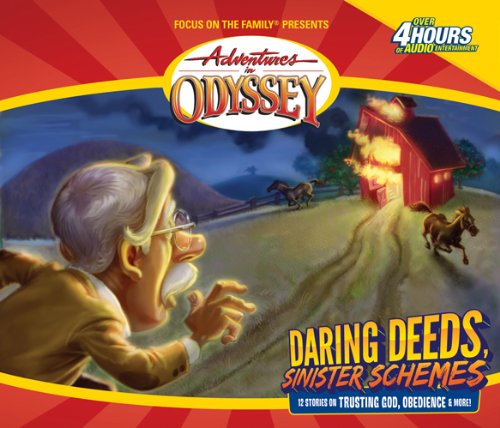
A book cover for Adventures in Odyssey: Daring Deeds, Sinister Schemes (Gold Audio Series #5); Focus on the Family; Humor & Entertainment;